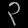
Digit: ၃